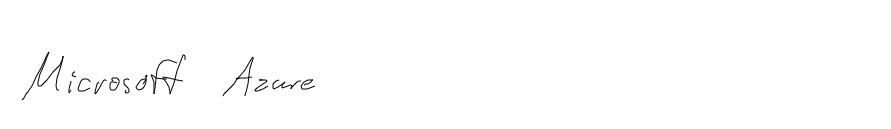
Microsoft Azure